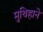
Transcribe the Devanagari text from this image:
मुथिहाने